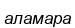
аламара